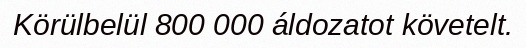
Körülbelül 800 000 áldozatot követelt.